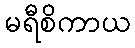
မရီစိကာယ